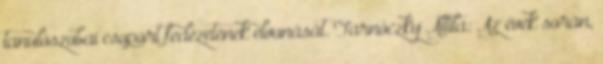
tanulószobai csoport fedezetének elvonását. Tarnóczky Attila: Az évek során,